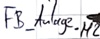
Text: FB_Anlage.M2